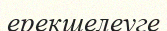
ерекшелеуге